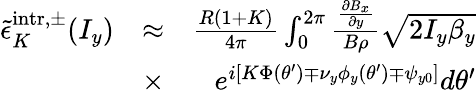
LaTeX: \begin{array}{rlr}{\tilde{\epsilon}_{K}^{\mathrm{intr},\pm}(I_{y})}&{\approx}&{\frac{R(1+K)}{4\pi}\int_{0}^{2\pi}\frac{\frac{\partial B_{x}}{\partial y}}{B\rho}\sqrt{2I_{y}\beta_{y}}}\\ &{\times}&{e^{i[K\Phi(\theta^{\prime})\mp\nu_{y}\phi_{y}(\theta^{\prime})\mp\psi_{y0}]}d\theta^{\prime}}\end{array}